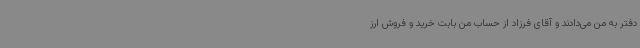
دفتر به من می‌دادند و آقای فرزاد از حساب من بابت خرید و فروش ارز